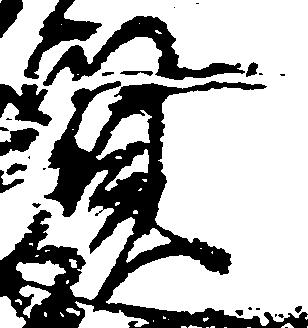
賢